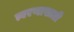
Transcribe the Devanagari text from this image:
त्वरणासाठी